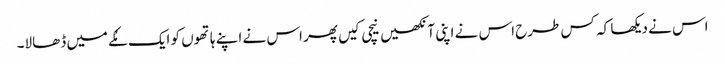
اس نے دیکھا کہ کس طرح اس نے اپنی آنکھیں نیچی کیں پھر اس نے اپنے ہاتھوں کو ایک مُکے میں ڈھالا۔